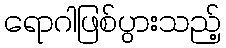
ရောဂါဖြစ်ပွားသည့်